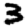
Digit: 3